Report of the Indian Hemp Drugs Commission, 1894-1895 - Volume V
Year: 1894
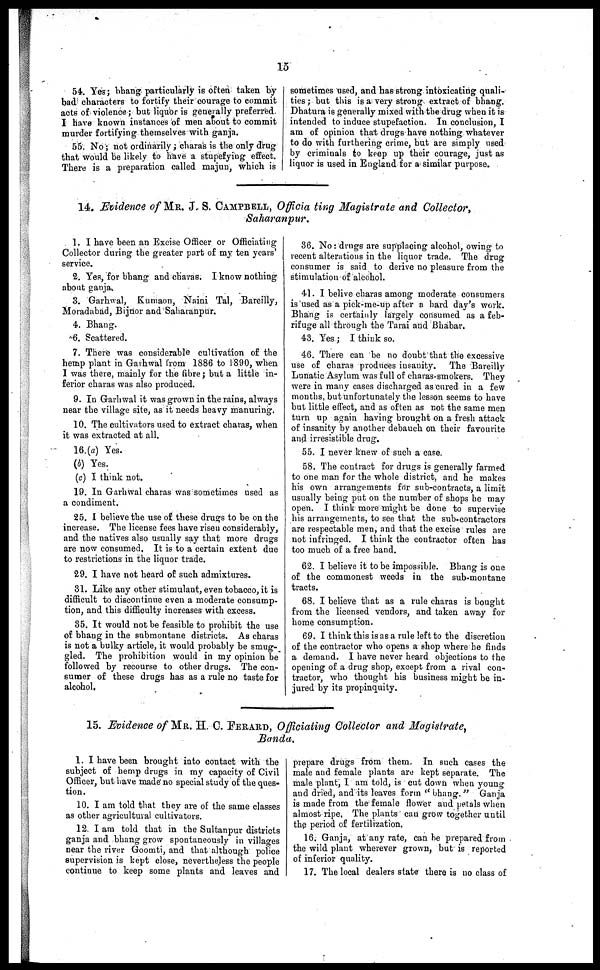
15
54. Yes; bhang particularly is often taken by |
bad characters to fortify their courage to commit
acts of violence; but liquor is generally preferred.
I have known instances of men about to commit
murder fortifying themselves with ganja.
55. No; not ordinarily; charas is the only drug
that would be likely to have a stupefying effect.
There is a preparation called majun, which is
sometimes used, and has strong intoxicating quali-
ties; but this is a very strong extract of bhang.
Dhatura is generally mixed with the drug when it is
intended to induce stupefaction. In conclusion, I
am of opinion that drugs have nothing whatever
to do with furthering crime, but are simply used
by criminals to keep up their courage, just as
liquor is used in England for a similar purpose.
14. Evidence of MR. J. S. CAMPBELL, Officia ting Magistrate and Collector,
Saharanpur.
1. I have been an Excise Officer or Officiating
Collector during the greater part of my ten years'
service.
2. Yes, for bhang and charas. I know nothing
about ganja.
3. Garhwal, Kumaon, Naini Tal, Bareilly,
Moradabad, Bijnor and Saharanpur.
4. Bhang.
6. Scattered.
7. There was considerable cultivation of the
hemp plant in Garhwal from 1886 to 1890, when
I was there, mainly for the fibre; but a little in-
ferior charas was also produced.
9. In Garhwal it was grown in the rains, always
near the village site, as it needs heavy manuring.
10. The cultivators used to extract charas, when
it was extracted at all.
16. (a) Yes.
(b) Yes.
(c) I think not.
19. In Garhwal charas was sometimes used as
a condiment.
25. I believe the use of these drugs to be on the
increase. The license fees have risen considerably,
and the natives also usually say that more drugs
are now consumed. It is to a certain extent due
to restrictions in the liquor trade.
20. I have not heard of such admixtures.
31. Like any other stimulant, even tobacco, it is
difficult to discontinue even a moderate consump-
tion, and this difficulty increases with excess.
35. It would not be feasible to prohibit the use
of bhang in the submontane districts. As charas
is not a bulky article, it would probably be smug-
gled. The prohibition would in my opinion be
followed by recourse to other drugs. The con-
sumer of these drugs has as a rule no taste for
alcohol.
36. No: drugs are supplacing alcohol, owing to
recent alterations in the liquor trade. The drug
consumer is said to derive no pleasure from the
stimulation of alcohol.
41. I belive charas among moderate consumers
is used as a pick-me-up after a hard clay's work.
Bhang is certainly largely consumed as a feb-
rifuge all through the Tarai and Bhabar.
43. Yes; I think so.
46. There can be no doubt that the excessive
use of charas produces insanity. The Bareilly
Lunatic Asylum was full of charas-smokers. They
were in many cases discharged as cured in a few
months, but unfortunately the lesson seems to have
but little effect, and as often as not the same men
turn up again having brought on a fresh attack
of insanity by another debauch on their favourite
and irresistible drug.
55. I never knew of such a case.
58. The contract for drugs is generally farmed
to one man for the whole district, and he makes
his own arrangements for sub-contracts, a limit
usually being put on the number of shops he may
open. I think more might be done to supervise
his arrangements, to see that the sub-contractors
are respectable men, and that the excise rules are
not infringed. I think the contractor often has
too much of a free hand.
62. I believe it to be impossible. Bhang is one
of the commonest weeds in the sub-montane
tracts.
68. I believe that as a rule charas is bought
from the licensed vendors, and taken away for
home consumption.
69. I think this is as a rule left to the discretion
of the contractor who opens a shop where he finds
a demand. I have never heard objections to the
opening of a drug shop, except from a rival con-
tractor, who thought his business might be in-
jured by its propinquity.
15. Evidence of MR. H. C. FERARD, Officiating Collector and Magistrate,
Banda.
1. I have been brought into contact with the
subject of hemp drugs in my capacity of Civil
Officer, but have made no special study of the ques-
tion.
10. I am told that they are of the same classes
as other agricultural cultivators.
12. I am told that in the Sultanpur districts
ganja and bhang grow spontaneously in villages
near the river Goomti, and that although police
supervision is kept close, nevertheless the people
continue to keep some plants and leaves and
prepare drugs from them. In such cases the
male and female plants are kept separate. The
male plant, I am told, is cut down when young
and dried, and its leaves form "bhang." Ganja
is made from the female flower and petals when
almost ripe, The plants can grow together until
the period of fertilization.
16. Ganja, at any rate, can be prepared from
the wild plant wherever grown, but is reported
of inferior quality.
17. The local dealers state there is no class of